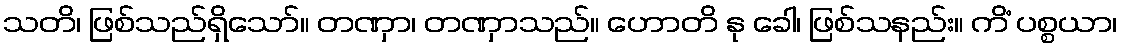
သတိ၊ ဖြစ်သည်ရှိသော်။ တဏှာ၊ တဏှာသည်။ ဟောတိ နု ခေါ၊ ဖြစ်သနည်း။ ကိံ ပစ္စယာ၊